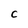
Character: C